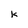
Character: k